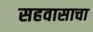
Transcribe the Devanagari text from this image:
सहवासाचा